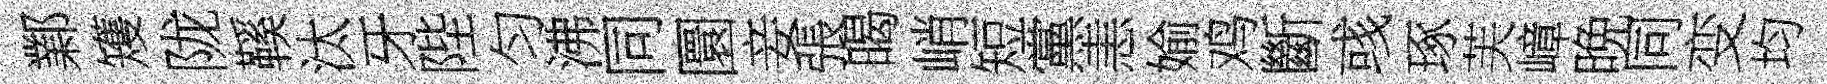
鄴矱陇鞵汰牙陛匀沸同圜妾張暍峭短黨恚媮鸡斷彧琢芙嶂晩同变均